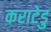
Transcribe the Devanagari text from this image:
कराटेडु